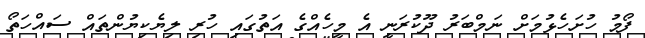
ފޯމު ހުށަހެޅުމަށް ނަމްބަރު ދޫކުރަނީ އެ މީހެއްގެ އަތުގައި ހުރި ލިޔެކިޔުންތައް ސައްހަތޯ